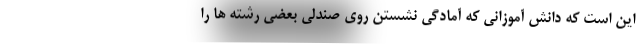
این است که دانش آموزانی که آمادگی نشستن روی صندلی بعضی رشته ها را